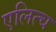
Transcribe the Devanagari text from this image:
एलित्च